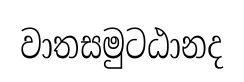
වාතසමුටඨානද